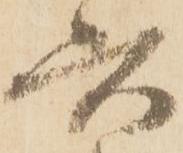
六